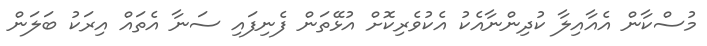
މުސްކާން އެއާއިލާ ކުދިންނާއެކު އެކުވެރިކޮށް އުޅޭތަން ފެނިފައި ސަނާ އެތައް އިރަކު ބަލަން